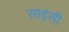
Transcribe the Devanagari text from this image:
साइंसी